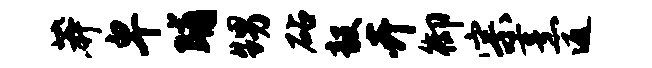
莽卑晡甥砧毅卉御宗烹返